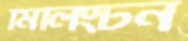
মিলিংটন